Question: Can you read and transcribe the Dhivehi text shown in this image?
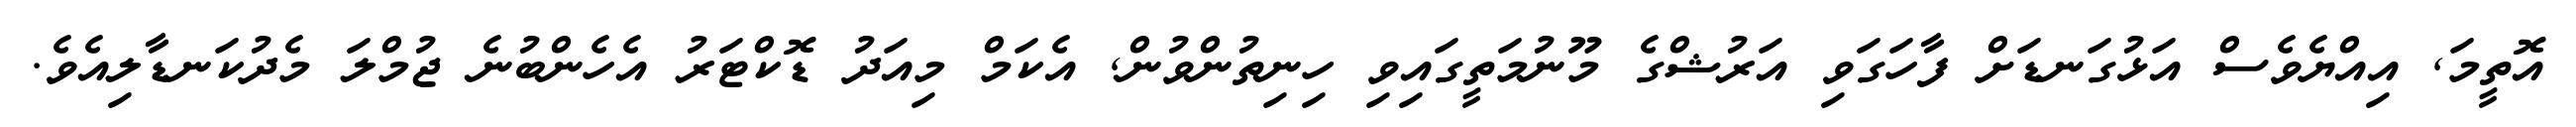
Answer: އޮތީމަ, އިއްޔެވެސް އަޅުގަނޑަށް ފާހަގަވި އަރުޝްގެ މޫނުމަތީގައިވި ހިނިތުންވުން, އެކަމް މިއަދު ޑޮކްޓަރު އެހެންބުނެ ޖުމްލަ މެދުކަނޑާލިއެވެ.